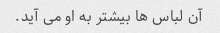
آن لباس ها بیشتر به او می آید.